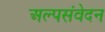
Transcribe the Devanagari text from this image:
अल्पसंवेदन